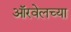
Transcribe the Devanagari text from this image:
ऑरवेलच्या